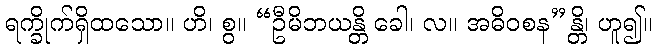
ရက္ခိုက်ရှိထသော။ ဟိ၊ စွ။ “ဦမိဘယန္တိ ခေါ၊ လ။ အဓိဝစန”န္တိ၊ ဟူ၍။